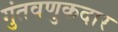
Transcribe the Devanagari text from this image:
गुंतवणुकदार